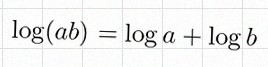
\log(ab)=\log a+\log b